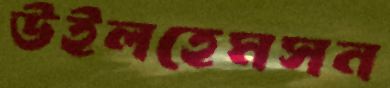
উইলহেমসন